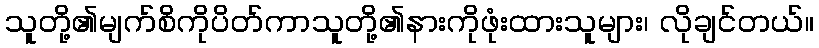
သူတို့၏မျက်စိကိုပိတ်ကာသူတို့၏နားကိုဖုံးထားသူများ၊ လိုချင်တယ်။